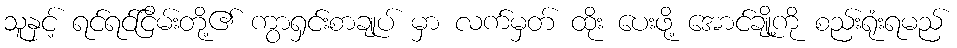
သူနှင့် ရင်ရင်ငြိမ်းတို့၏ ကွာရှင်းစာချုပ် မှာ လက်မှတ် ထိုး ပေးဖို့ အောင်ချို့ကို စည်းရုံးရမည်